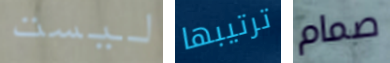
ليست ترتيبها صمام